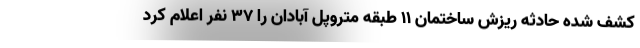
کشف شده حادثه ریزش ساختمان ۱۱ طبقه متروپل آبادان را ۳۷ نفر اعلام کرد